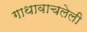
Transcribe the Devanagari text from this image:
गाथावाचलेली